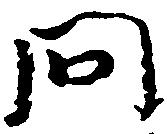
問